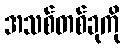
အသစ်တစ်ခုကို